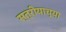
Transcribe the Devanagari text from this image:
स्त्रीयाच्या